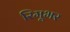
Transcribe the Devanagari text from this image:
रिमूभर